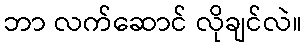
ဘာ လက်ဆောင် လိုချင်လဲ။